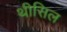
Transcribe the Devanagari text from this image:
थीसिल